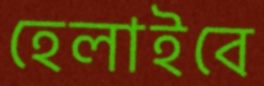
হেলাইবে